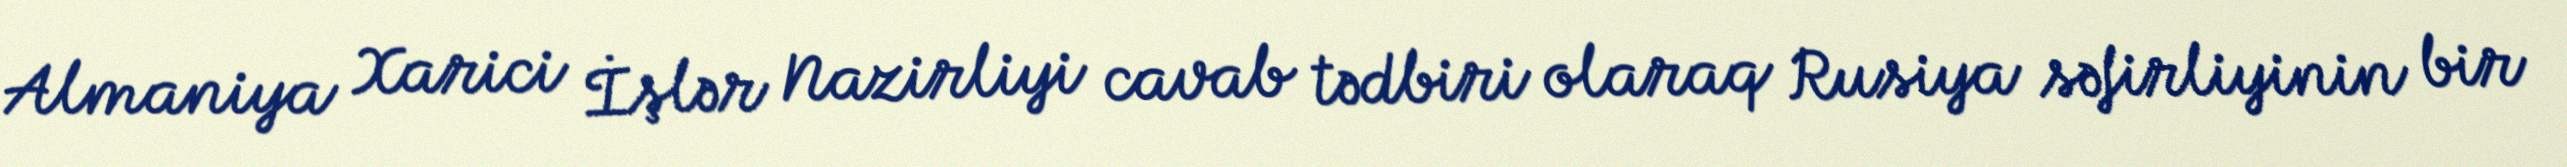
Almaniya Xarici İşlər Nazirliyi cavab tədbiri olaraq Rusiya səfirliyinin bir